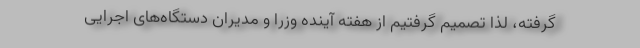
گرفته، لذا تصمیم گرفتیم از هفته آینده وزرا و مدیران دستگاه‌‌های اجرایی